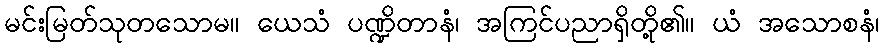
မင်းမြတ်သုတသောမ။ ယေသံ ပဏ္ဍိတာနံ၊ အကြင်ပညာရှိတို့၏။ ယံ အသောစနံ၊